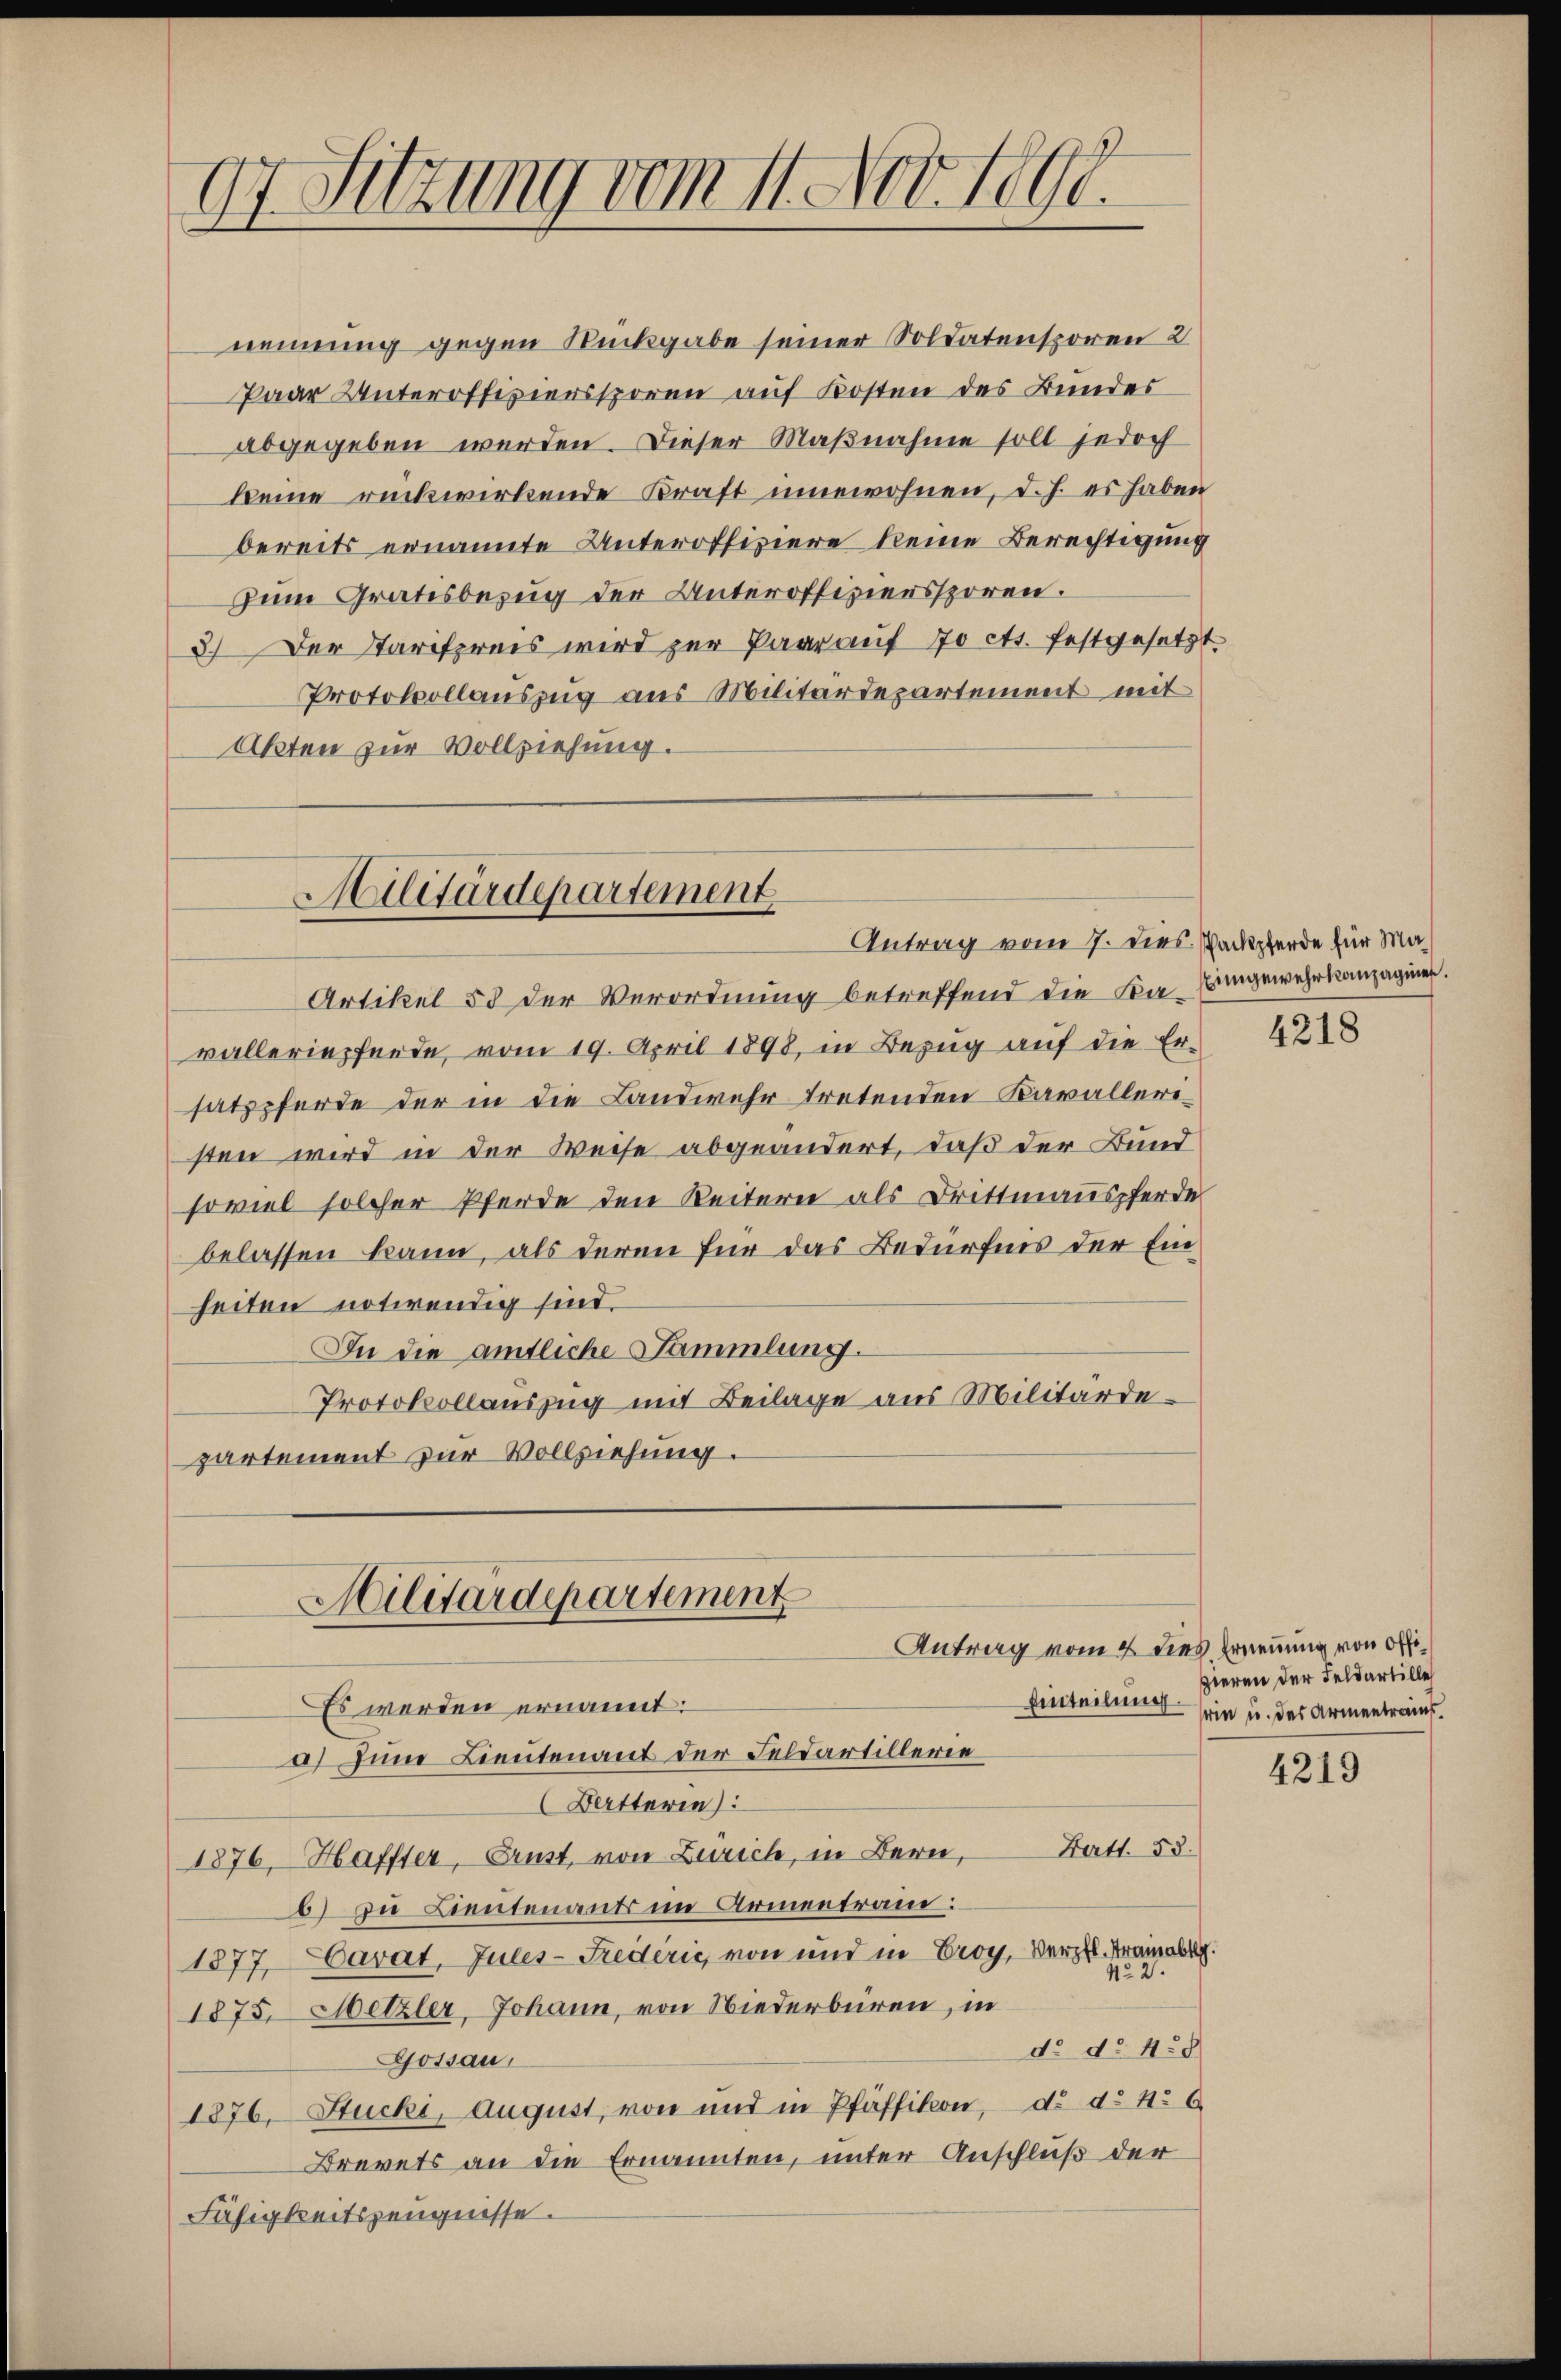
17. Sitzung vom 11. Nov. 1890.
.

nennung gegen Rückgabe seiner Soldatensporen 2
Paar Unteroffiziersspören auf Kosten des Bundes
abgegeben werden. Dieser Maßnahme soll jedoch
keine rückwirkende Kraft innewohnen, d. J. es haben
bereits ernannte Unteroffiziere keine Berechtigung
Zum Gratesbezug der Unteroffiziersspören.
3.) Der Tarifpreis wird zur Paarauf 70 cts. festgesetzt.
Protokollauszug aus Militärdepartement mit
Akten zur Vollziehung.

Militärdepartement
Antrag vom 7. dies. Packpferde für Ma¬

Artikel 58 der Verordnung betreffend die Ka- Eingewehrkanzagnien.
walleriepferde, vom 19. April 1898, in Bezug auf die Er-
satzpferde der in die Landwehr tretenden Kavalleristen wird in der Weise abgeändert, daß der Bund
soviel solcher Pferde den Reitern als Drittmannspferde
belassen kann, als deren für das Bedürfnis der Einheiten notwendig sind
In die amtliche Sammlung.
Protokollauszug mit Beilage aus Militärdepartement zur Vollziehung.
Militärdepartement
Antrag vom 4. dies Ernennung von Offi¬
Einteilung.
Es werden ernannt:
a) Zum Lieutenant der Feldartillerie
Batterie
Bartl. 53.
1876, Haffter, Brust, von Zürich, in Bern,
b) Die Lieutenants im Armentrand:
1877, Carat, Jules-Fredérić, von und in Eroy, Verpfl. Trainab.
122
1875. Metzler, Johann, von Niederbüren, in
d. d. 4.8
Gossau,
1876, Stucki, August, von und in Pfäffikon, d. d. 4. 6
Brevets an die Ernannten, unter Anschluß der
Fähigkeitszeugnisse.

4318

zieren der Feldartille
srin u. des Armentraus.

4219